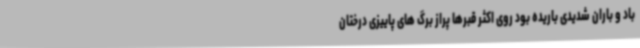
باد و باران شدیدی باریده بود روی اکثر قبرها پراز برگ های پاییزی درختان